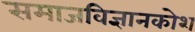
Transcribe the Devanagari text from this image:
समाजविज्ञानकोश